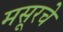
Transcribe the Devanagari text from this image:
मसूरचे